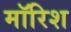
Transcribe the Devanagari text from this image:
मॉरिश